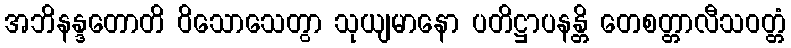
အဘိနန္ဒတောတိ ဝိသောသေတွာ သုယျမာနော ပတိဋ္ဌာပနန္တိ တေစတ္တာလီသဝတ္တံ